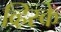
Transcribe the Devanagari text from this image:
व्हिस्के